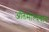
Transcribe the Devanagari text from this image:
अतिमौल्यवान